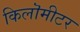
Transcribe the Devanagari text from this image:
किलॊमीटर